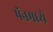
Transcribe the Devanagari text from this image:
पॅनमध्ये